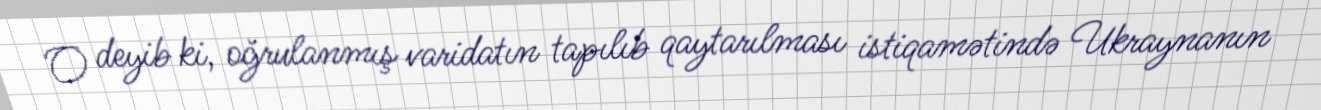
O deyib ki, oğrulanmış varidatın tapılıb qaytarılması istiqamətində Ukraynanın